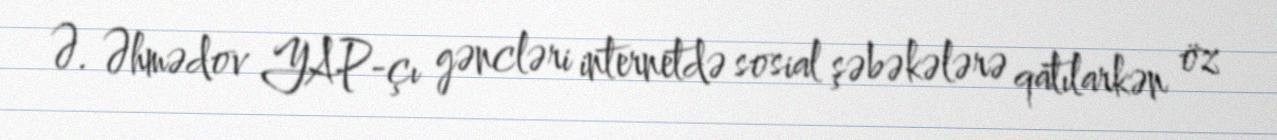
Ə. Əhmədov YAP-çı gəncləri internetdə sosial şəbəkələrə qatılarkən öz